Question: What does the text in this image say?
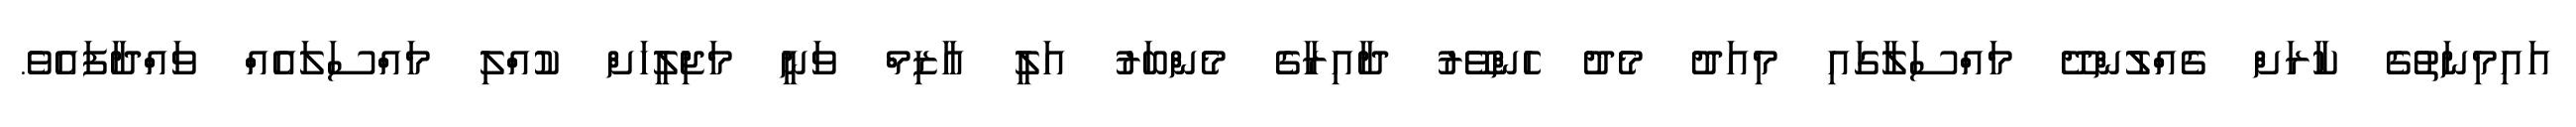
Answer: އައިމިނަތުގެ ކާރަށް ގެއްލުންދޭ މައްސަލާގައި މިއަދު މެދު ހެންވޭރު ދާއިރާގެ މެންބަރު އަލީ އާޒިމް ވަނީ މަޖިލީހަށް ކުއްލި މައްސަލައެއް ވައްދާފައެވެ.